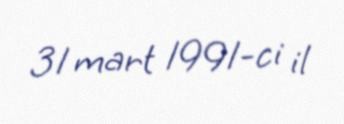
31 mart 1991-ci il